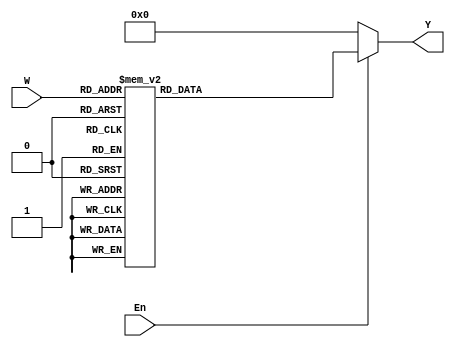
module dec3to8(W, En, Y);
input wire [2:0] W;
input wire En; 
output reg [7:0] Y;

always @(W or En) 
	begin
		if (En == 1)
			case (W)
				3'b111: Y = 8'b10000000;	// Enable R7
				3'b110: Y = 8'b01000000;	// Enable R6
				3'b101: Y = 8'b00100000;   	// Enable R5
				3'b100: Y = 8'b00010000;	// Enable R4
				3'b011: Y = 8'b00001000;	// Enable R3
				3'b010: Y = 8'b00000100;	// Enable R2
				3'b001: Y = 8'b00000010; 	// Enable R1
				3'b000: Y = 8'b00000001;  	// Enable R0
			endcase 
		else
			Y = 8'b00000000;

	 end
endmodule